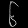
Digit: ၆